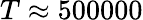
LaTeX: T\approx 500000